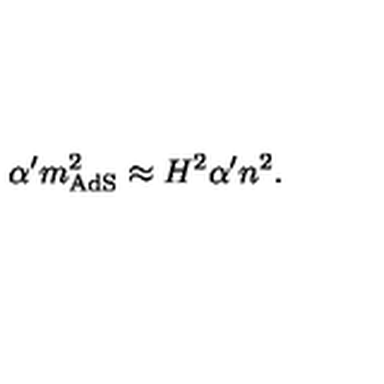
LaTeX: \alpha ^ { \prime } m _ { \mathrm { A d S } } ^ { 2 } \approx H ^ { 2 } \alpha ^ { \prime } n ^ { 2 } .